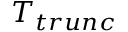
T _ { t r u n c }